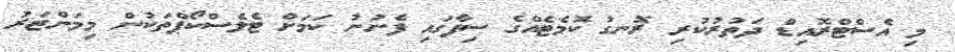
މި އެސްޓްރޮއިޑް ދަތުރުކުރި ރޮނގު ކޮމެޓެއްގެ ސިފާގައި ފެނުނު ކަމަށް ޓެލެސްކޯޕްތަކުން މިމަންޒަރު